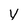
Character: v